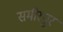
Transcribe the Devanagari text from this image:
समीरपुर